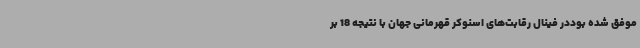
موفق شده بوددر فینال رقابت‌های اسنوکر قهرمانی جهان با نتیجه 18 بر